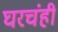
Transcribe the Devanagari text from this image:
घरचंही